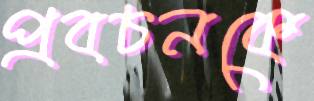
প্রবচনকে